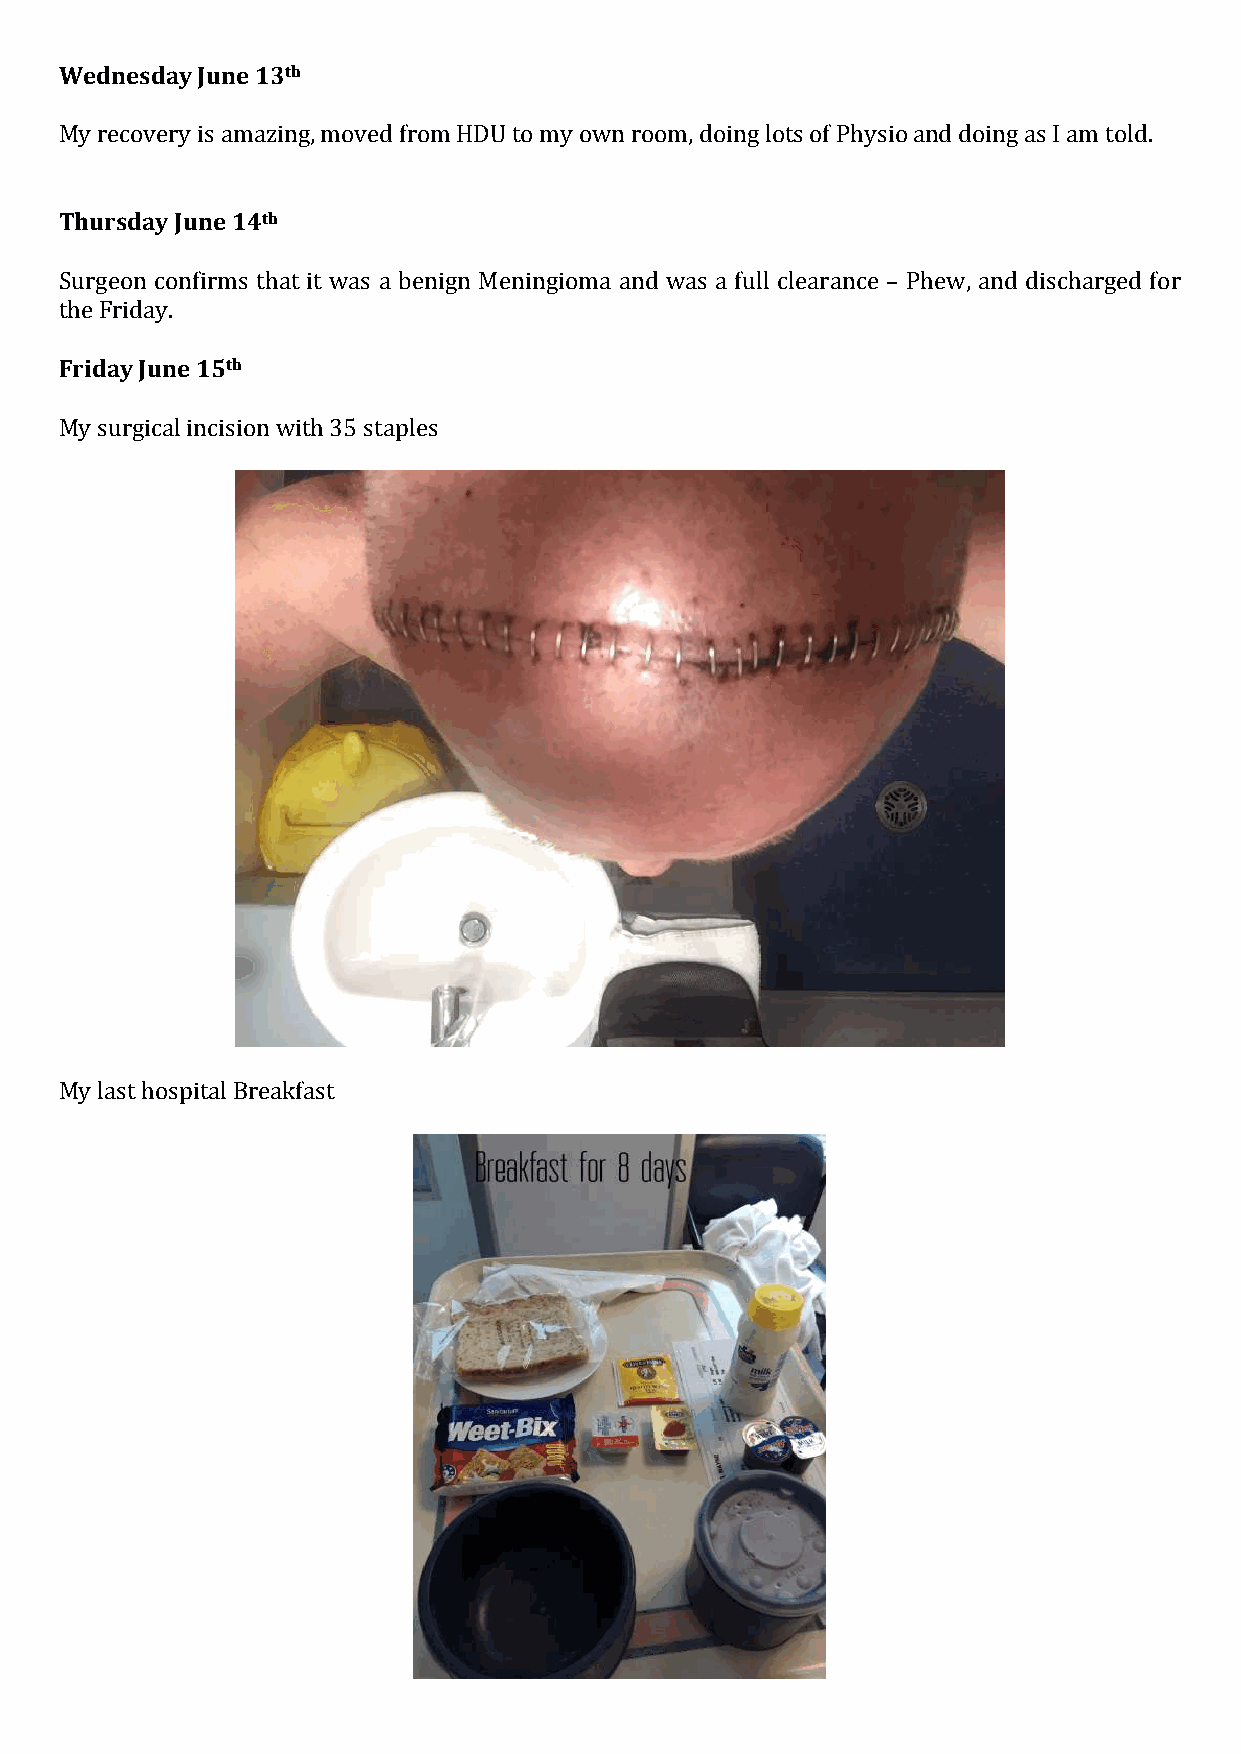
Wednesday June 13th
 My recovery is amazing, moved from HDU to my own room, doing lots of Physio and doing as I am told.
 Thursday June 14th
 Surgeon confirms that it was a benign Meningioma and was a full clearance – Phew, and discharged for
 the Friday.
 Friday June 15th
 My surgical incision with 35 staples
 My last hospital Breakfast